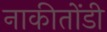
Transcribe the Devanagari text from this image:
नाकीतोंडी